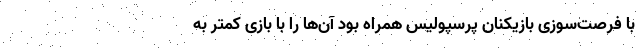
با فرصت‌سوزی بازیکنان پرسپولیس همراه بود آن‌ها را با بازی‌ کمتر به